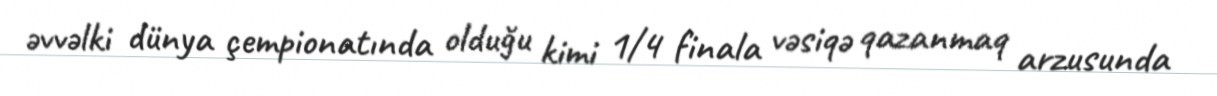
əvvəlki dünya çempionatında olduğu kimi 1/4 finala vəsiqə qazanmaq arzusunda